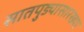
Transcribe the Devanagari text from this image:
सातपुड्यासारख्या